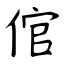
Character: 倌